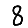
Digit: 8